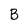
Character: B